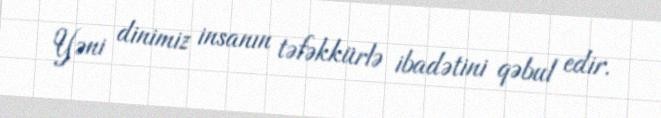
Yəni dinimiz insanın təfəkkürlə ibadətini qəbul edir.